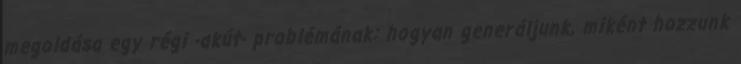
megoldása egy régi -akút- problémának: hogyan generáljunk, miként hozzunk